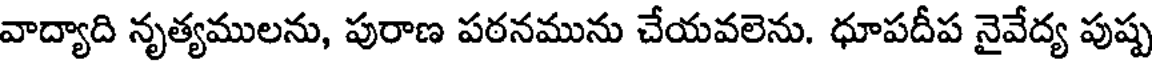
వాద్యాది నృత్యములను, పురాణ పఠనమును చేయవలెను. ధూపదీప నైవేద్య పుష్ప